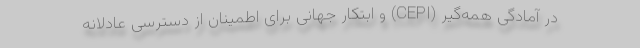
در آمادگی همه‌گیر (CEPI) و ابتکار جهانی برای اطمینان از دسترسی عادلانه